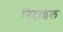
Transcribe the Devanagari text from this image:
निट्राइल